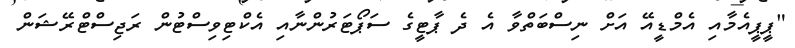
"ޕީޕީއެމާއި އެމްޑީއޭ އަށް ނިސްބަތްވާ އެ ދެ ޕާޓީގެ ސަޕޯޓަރުންނާއި އެކްޓިވިސްޓުން ރަޖިސްޓްރޭޝަން